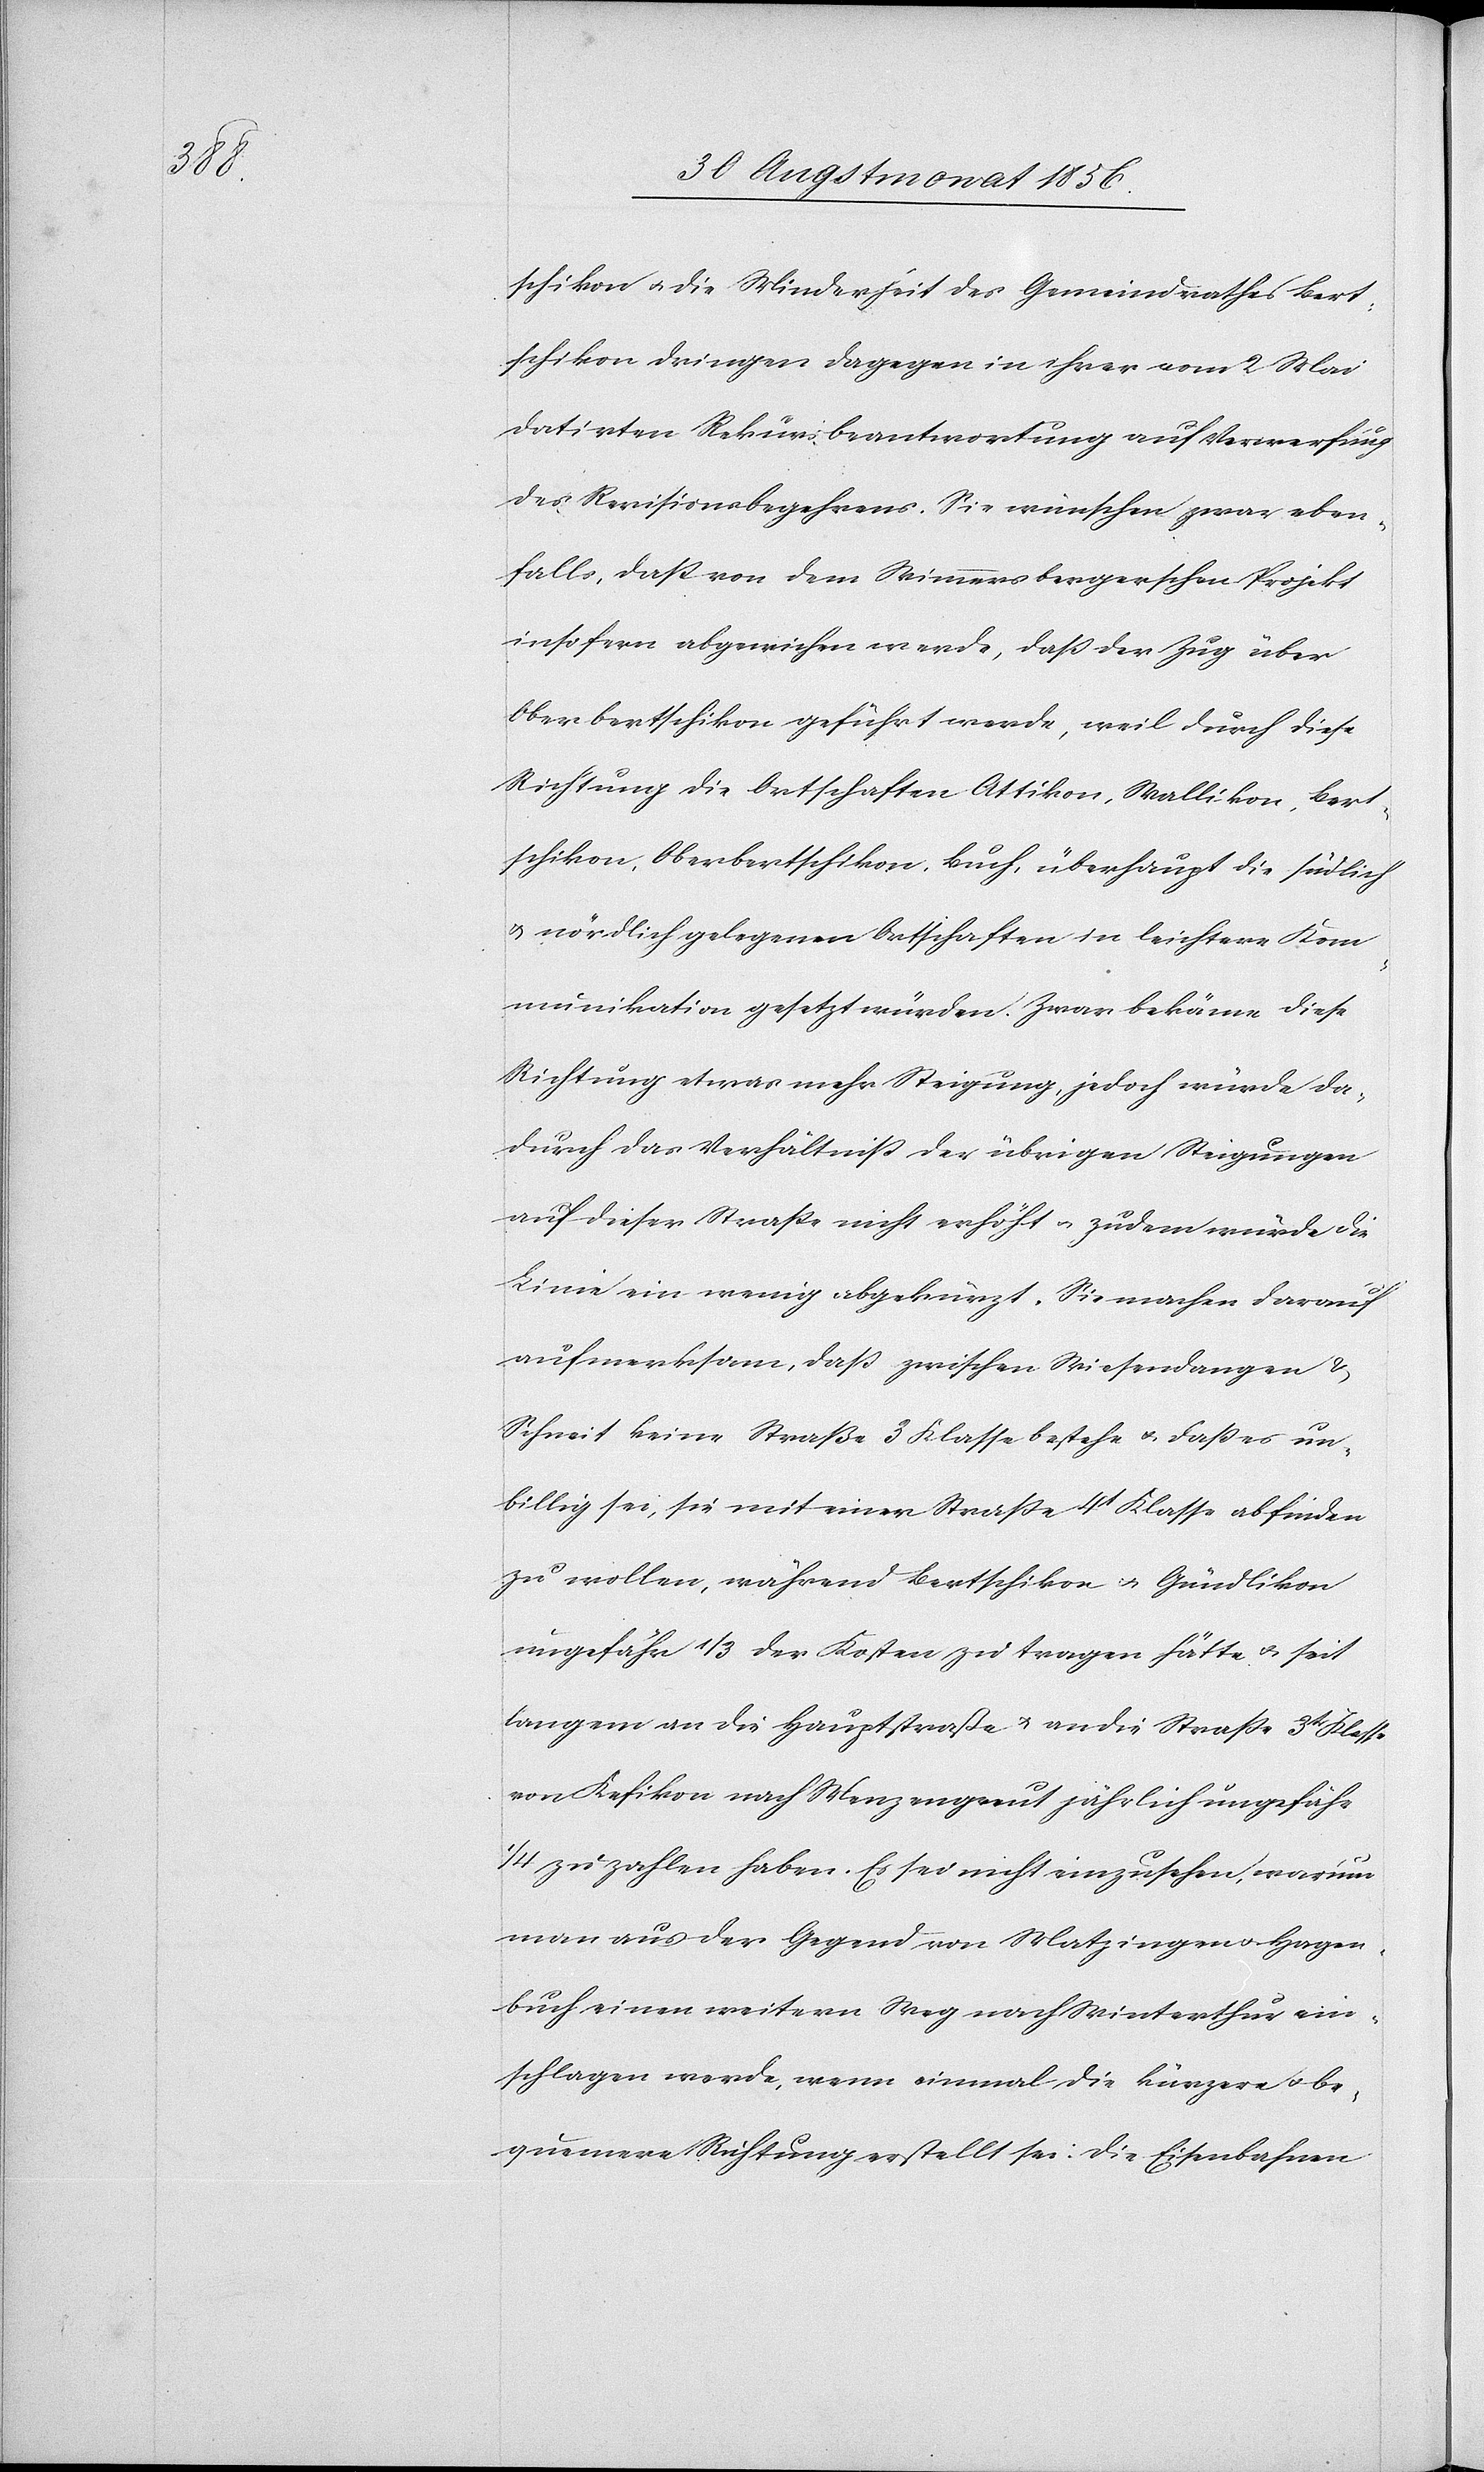
schikon u. die Minderheit des Gemeindrathes Bert¬
schikon dringen dagegen in ihrer vom 2 Mai
datirten Rekursbeantwortung auf Verwerfung
des Revisionsbegehrens. Sie wünschen zwar eben¬
falls, dass von dem Wimmersbergerschen Projekt
insofern abgewichen werde, dass der Zug über
Oberbertschikon geführt werde, weil durch diese
Richtung die Ortschaften Attikon, Wallikon, Bert¬
schikon, Oberbertschikon, Buch, überhaupt die südlich
u. nördlich gelegenen Ortschaften in leichtere Kom¬
munikation gesetzt würden. Zwar bekäme diese
Richtung etwas mehr Steigung, jedoch würde da¬
durch das Verhältniss der übrigen Steigungen
auf dieser Strasse nicht erhöht u. zudem würde die
Linie ein wenig abgekürzt. Sie machen darauf
aufmerksam, dass zwischen Wiesendangen &
Schneit keine Straße 3 Klasse bestehe u. dass es un¬
billig sei, sie mit einer Strasse 4t Klasse abfinden
zu wollen, während Bertschikon u. Gündlikon
ungefähr 1/3 der Kosten zu tragen hätte u. seit
langem an die Hauptstraße u. an die Strasse 3tr Klasse
von Kefikon nach Menzengreut jährlich ungefähr
1/4 zu zahlen haben. Es sei nicht einzusehen, warum
man aus der Gegend von Matzingen u. Hagen¬
buch einen weitern Weg nach Winterthur ein¬
schlagen werde, wenn einmal die kürzere u. be¬
quemere Richtung erstellt sei: Die Eisenbahnen